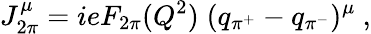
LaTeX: J_{2\pi}^{\mu}=ieF_{2\pi}(Q^{2})\; (q_{\pi^{+}}-q_{\pi^{-}})^{\mu}~,